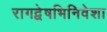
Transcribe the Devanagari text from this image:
रागद्वेषभिनिवेशा